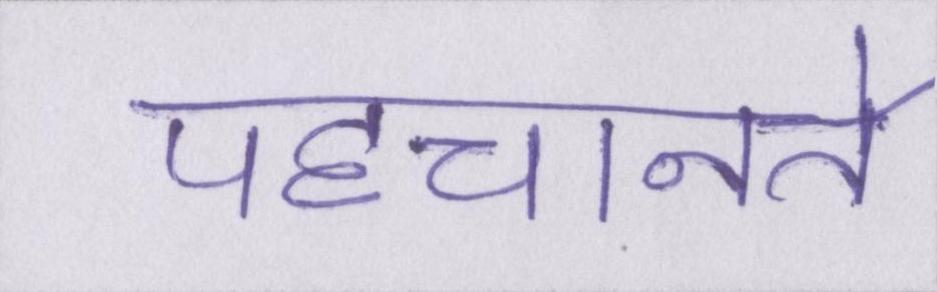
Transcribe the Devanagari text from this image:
पहचानते